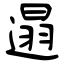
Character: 遢